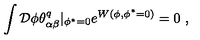
\int { \cal D } \phi \theta _ { \alpha \beta } ^ { q } | _ { \phi ^ { * } = 0 } e ^ { W ( \phi , \phi ^ { * } = 0 ) } = 0 \ ,